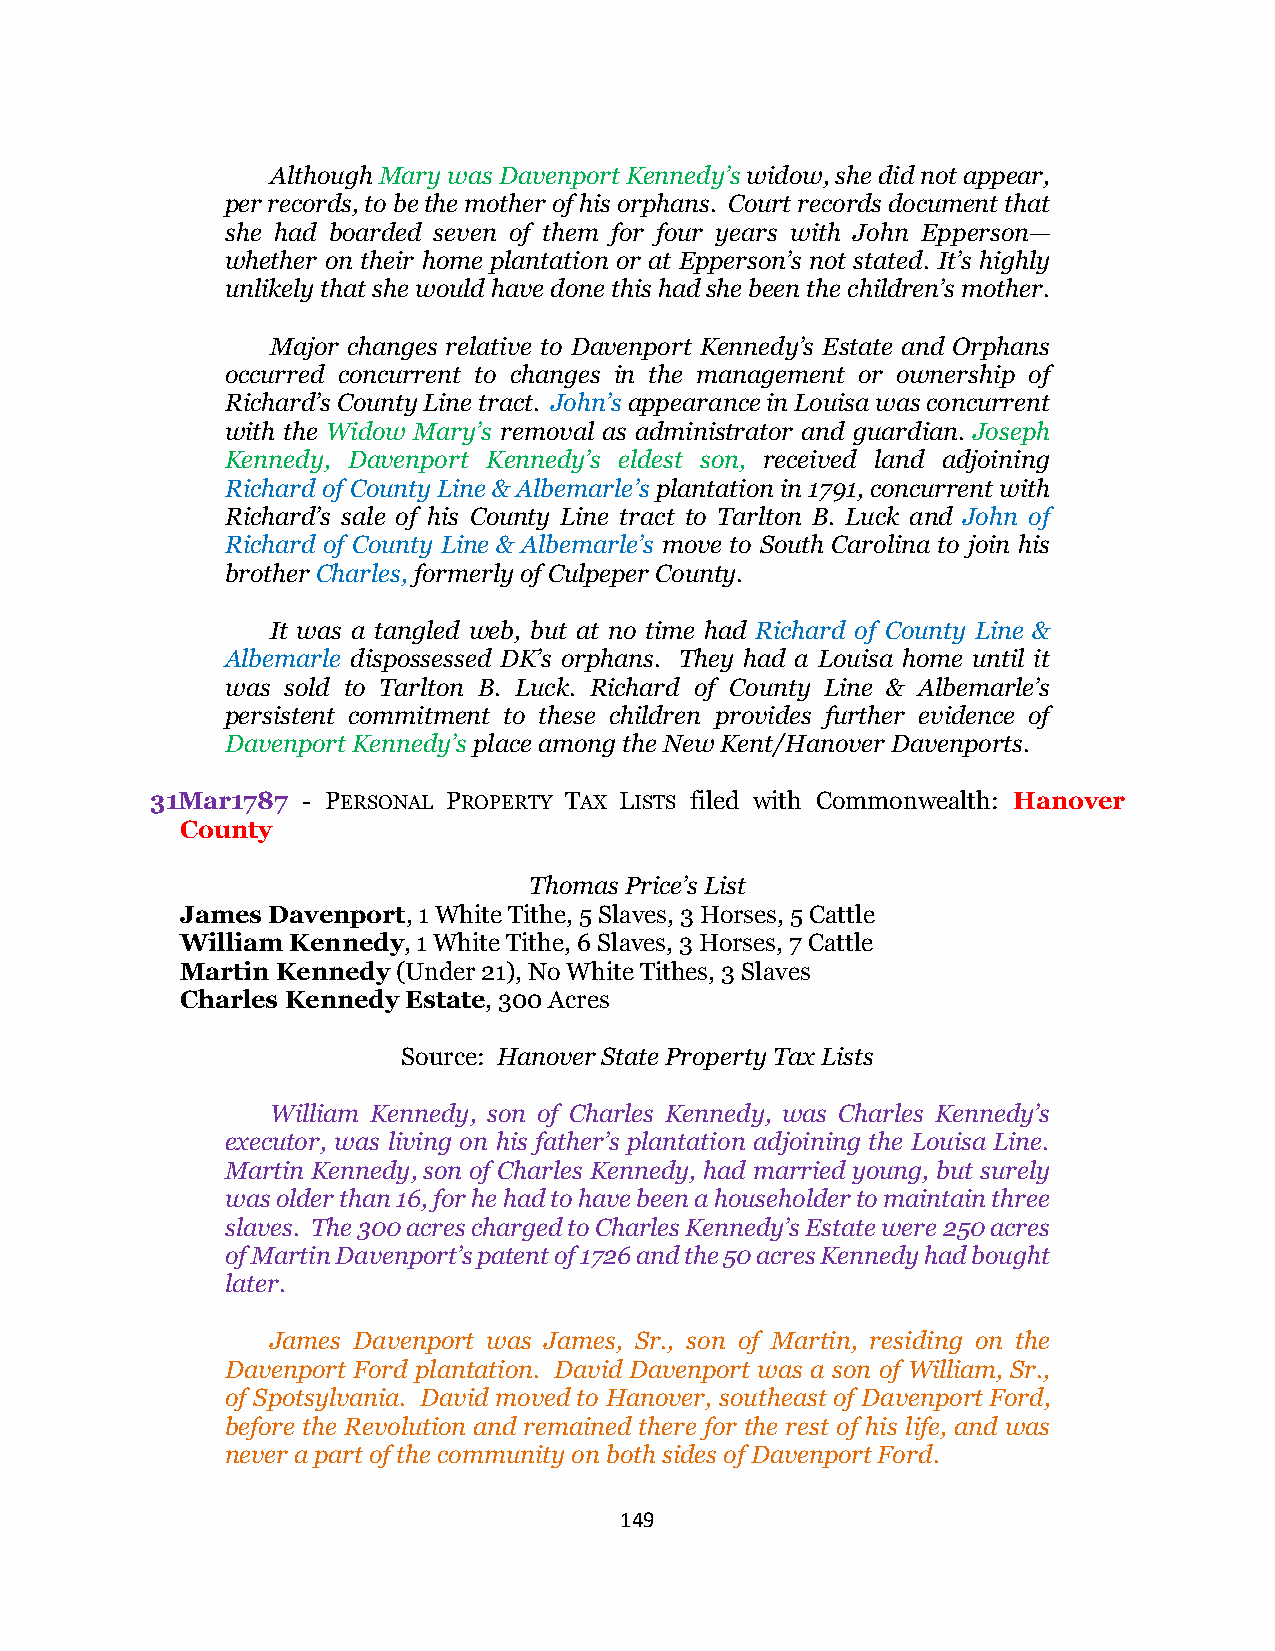
Although Mary was Davenport Kennedy’s widow, she did not appear,
 per records, to be the mother of his orphans. Court records document that
 she had boarded seven of them for four years with John Epperson—
 whether on their home plantation or at Epperson’s not stated. It’s highly
 unlikely that she would have done this had she been the children’s mother.
 Major changes relative to Davenport Kennedy’s Estate and Orphans
 occurred concurrent to changes in the management or ownership of
 Richard’s County Line tract. John’s appearance in Louisa was concurrent
 with the Widow Mary’s removal as administrator and guardian. Joseph
 Kennedy, Davenport Kennedy’s eldest son, received land adjoining
 Richard of County Line & Albemarle’s plantation in 1791, concurrent with
 Richard’s sale of his County Line tract to Tarlton B. Luck and John of
 Richard of County Line & Albemarle’s move to South Carolina to join his
 brother Charles, formerly of Culpeper County.
 It was a tangled web, but at no time had Richard of County Line &
 Albemarle dispossessed DK’s orphans. They had a Louisa home until it
 was sold to Tarlton B. Luck. Richard of County Line & Albemarle’s
 persistent commitment to these children provides further evidence of
 Davenport Kennedy’s place among the New Kent/Hanover Davenports.
 31Mar1787 - PERSONAL PROPERTY TAX LISTS filed with Commonwealth: Hanover
 County
 Thomas Price’s List
 James Davenport, 1 White Tithe, 5 Slaves, 3 Horses, 5 Cattle
 William Kennedy, 1 White Tithe, 6 Slaves, 3 Horses, 7 Cattle
 Martin Kennedy (Under 21), No White Tithes, 3 Slaves
 Charles Kennedy Estate, 300 Acres
 Source: Hanover State Property Tax Lists
 William Kennedy, son of Charles Kennedy, was Charles Kennedy’s
 executor, was living on his father’s plantation adjoining the Louisa Line.
 Martin Kennedy, son of Charles Kennedy, had married young, but surely
 was older than 16, for he had to have been a householder to maintain three
 slaves. The 300 acres charged to Charles Kennedy’s Estate were 250 acres
 of Martin Davenport’s patent of 1726 and the 50 acres Kennedy had bought
 later.
 James Davenport was James, Sr., son of Martin, residing on the
 Davenport Ford plantation. David Davenport was a son of William, Sr.,
 of Spotsylvania. David moved to Hanover, southeast of Davenport Ford,
 before the Revolution and remained there for the rest of his life, and was
 never a part of the community on both sides of Davenport Ford.
 149